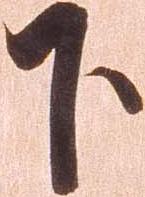
下